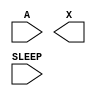
module sky130_fd_sc_lp__iso0p (
    //# {{data|Data Signals}}
    input  A    ,
    output X    ,

    //# {{power|Power}}
    input  SLEEP
);

    // Voltage supply signals
    supply1 KAPWR;
    supply0 VGND ;
    supply1 VPB  ;
    supply0 VNB  ;

endmodule